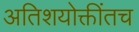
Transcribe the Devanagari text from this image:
अतिशयोक्तींतच